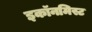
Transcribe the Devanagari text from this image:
इकॉनमिस्ट